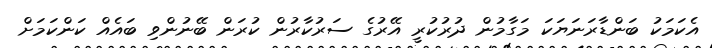
އެކަމަކު ބަންޑާރަނަޔަކަ މަގާމުން ދުރުކުރީ އޭރުގެ ސަރުކާރުން ކުރަން ބޭނުންވި ބައެއް ކަންކަމަށް